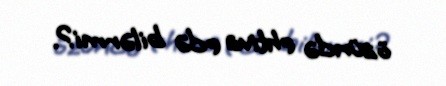
özündə ehtiva edə bilərmi?.